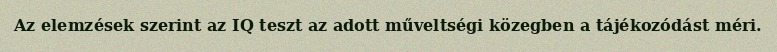
Az elemzések szerint az IQ teszt az adott műveltségi közegben a tájékozódást méri.